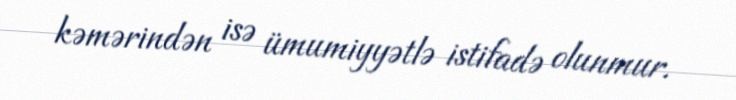
kəmərindən isə ümumiyyətlə istifadə olunmur.